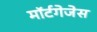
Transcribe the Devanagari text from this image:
मॉर्टगेजेस